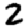
Digit: 2